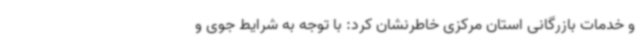
و خدمات بازرگانی استان مرکزی خاطرنشان کرد: با توجه به شرایط جوی و